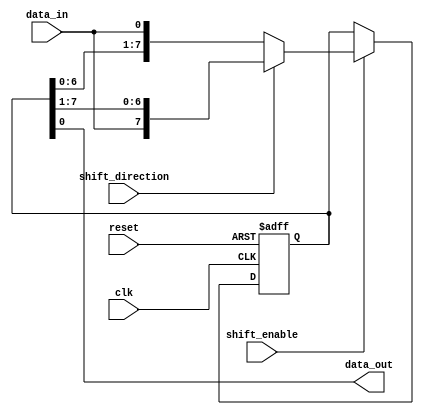
module shift_register (
    input wire clk,
    input wire reset,
    input wire shift_enable,
    input wire shift_direction,  // 0 for left shift, 1 for right shift
    input wire data_in,
    output wire data_out
);

reg [7:0] shift_reg;

always @ (posedge clk or posedge reset) begin
    if (reset) begin
        shift_reg <= 8'b0;
    end else begin
        if (shift_enable) begin
            if (shift_direction) begin // right shift
                shift_reg <= {data_in, shift_reg[7:1]};
            end else begin // left shift
                shift_reg <= {shift_reg[6:0], data_in};
            end
        end
    end
end

assign data_out = shift_reg[0];

endmodule